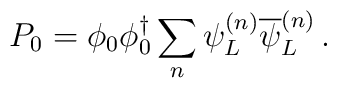
P_0 = \phi_0 \phi_0^{\dagger} \sum_n \psi_L^{(n)} \overline{\psi}_L^{(n)}\,.